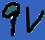
Text: 9V